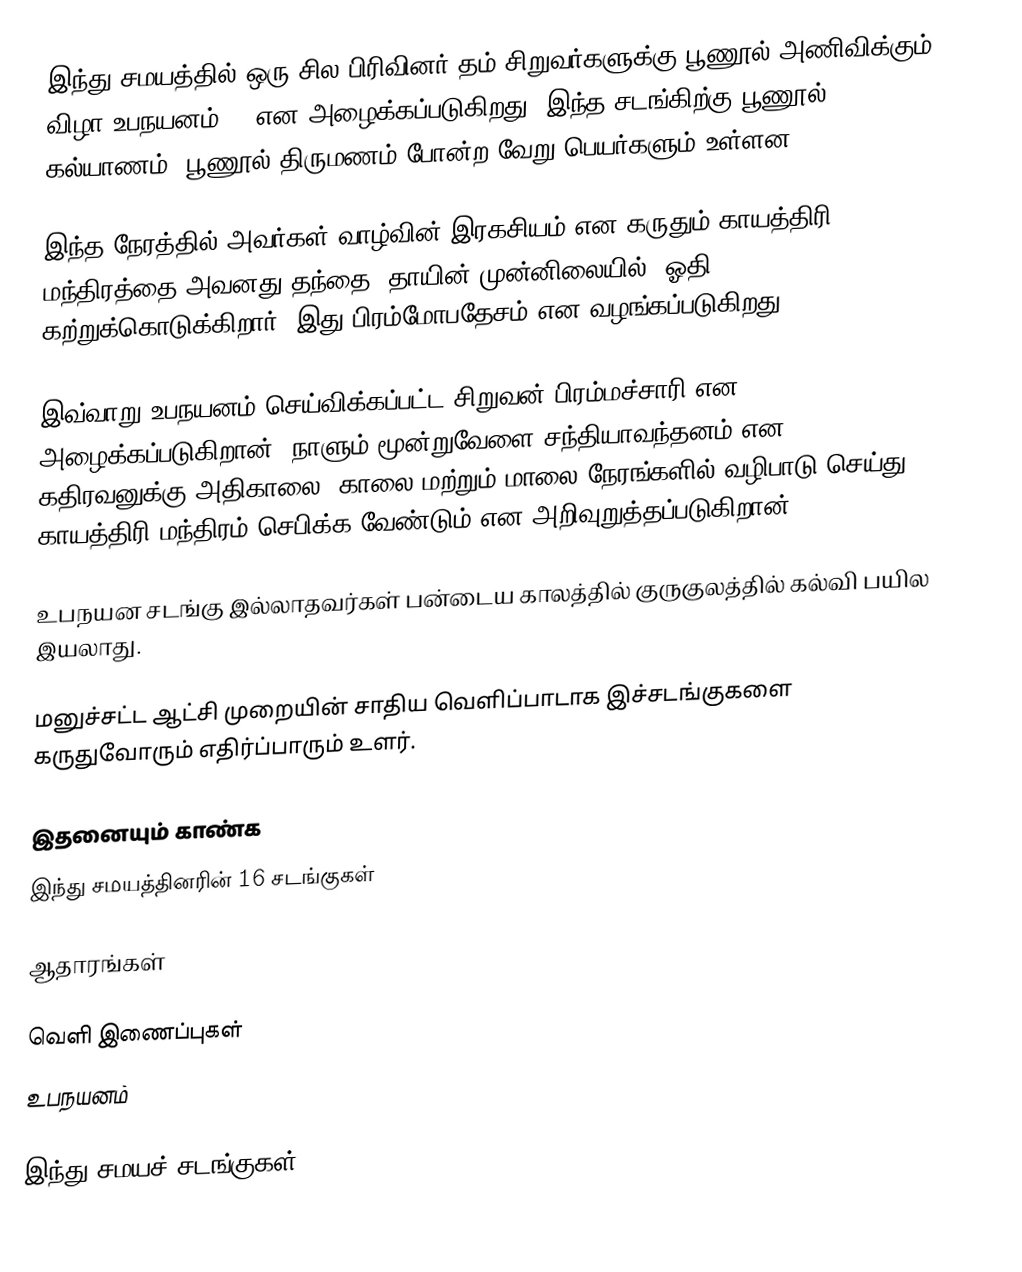
இந்து சமயத்தில் ஒரு சில பிரிவினர் தம் சிறுவர்களுக்கு பூணூல் அணிவிக்கும் விழா உபநயனம் () என அழைக்கப்படுகிறது. இந்த சடங்கிற்கு பூணூல் கல்யாணம், பூணூல் திருமணம் போன்ற வேறு பெயர்களும் உள்ளன.

இந்த நேரத்தில் அவர்கள் வாழ்வின் இரகசியம் என கருதும் காயத்திரி மந்திரத்தை அவனது தந்தை, தாயின் முன்னிலையில், ஓதி கற்றுக்கொடுக்கிறார். இது பிரம்மோபதேசம் என வழங்கப்படுகிறது.

இவ்வாறு உபநயனம் செய்விக்கப்பட்ட சிறுவன்  பிரம்மச்சாரி என அழைக்கப்படுகிறான். நாளும் மூன்றுவேளை சந்தியாவந்தனம் என கதிரவனுக்கு அதிகாலை, காலை மற்றும் மாலை நேரங்களில் வழிபாடு செய்து காயத்திரி மந்திரம் செபிக்க வேண்டும் என அறிவுறுத்தப்படுகிறான்.

உபநயன சடங்கு இல்லாதவர்கள் பன்டைய காலத்தில் குருகுலத்தில் கல்வி பயில இயலாது.

மனுச்சட்ட ஆட்சி முறையின் சாதிய வெளிப்பாடாக இச்சடங்குகளை கருதுவோரும் எதிர்ப்பாரும் உளர்.

இதனையும் காண்க
இந்து சமயத்தினரின் 16 சடங்குகள்

ஆதாரங்கள்

வெளி இணைப்புகள்
 உபநயனம்

இந்து சமயச் சடங்குகள்